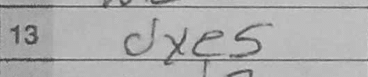
Transcription: dxe5